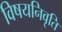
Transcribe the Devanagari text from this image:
विषयनिवृति